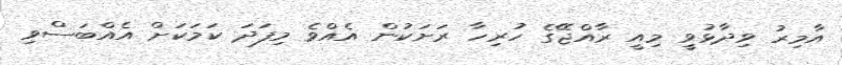
އާމިރު ވިދާޅުވީ މިއީ ރާއްޖޭގެ ހުރިހާ ރަށަކުން އެއްވެ މިފަދަ ކަމަކަށް އެއްބަސްވި